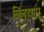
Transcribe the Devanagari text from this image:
लिलहामर